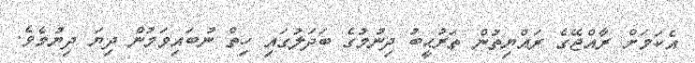
އެކަމަށް ރާއްޖޭގެ ރައްޔިތުން ތަރުޙީބު ދިނުމުގެ ބަދަލުގައި ހިތް ނުބައިވަމުން ދިޔަ ދިޔުމެވެ.